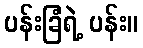
ပန်းခြံရဲ့ ပန်း။